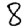
Digit: 8